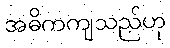
အဓိကကျသည်ဟု